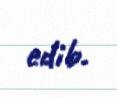
edib.